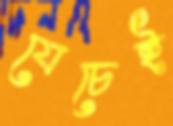
যেচেই